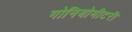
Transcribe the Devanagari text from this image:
गोनियोमीटरी